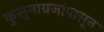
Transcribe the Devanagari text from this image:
कुसुमाग्रजांपासून